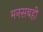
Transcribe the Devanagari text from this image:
मनसबही